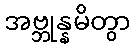
အဗ္ဘုန္နမိတွာ